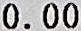
0.00